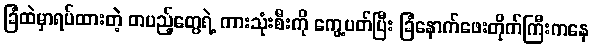
ခြံထဲမှာရပ်ထားတဲ့ တပည့်တွေရဲ့ ကားသုံးစီးကို ကွေ့ပတ်ပြီး ခြံနောက်ဖေးတိုက်ကြီးကနေ